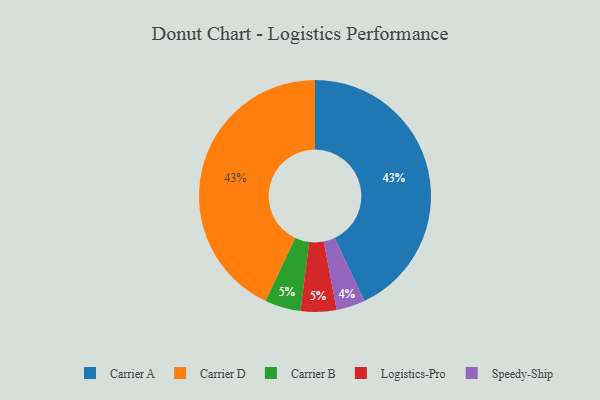
{"axis": {"x": "Category", "y": "Percentage"}, "legend": ["Carrier A", "Carrier B", "Carrier D", "Logistics-Pro", "Speedy-Ship"], "data": [{"x": "Carrier B", "y": 5, "type": "Carrier B"}, {"x": "Logistics-Pro", "y": 5, "type": "Logistics-Pro"}, {"x": "Speedy-Ship", "y": 4, "type": "Speedy-Ship"}, {"x": "Carrier A", "y": 43, "type": "Carrier A"}, {"x": "Carrier D", "y": 43, "type": "Carrier D"}]}